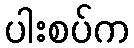
ပါးစပ်က